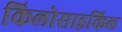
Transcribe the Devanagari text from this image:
किलोसाइकिल